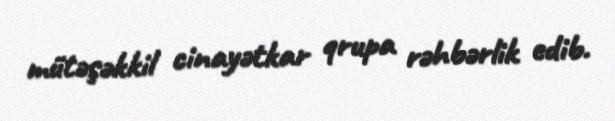
mütəşəkkil cinayətkar qrupa rəhbərlik edib.